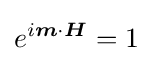
e^{i{\boldsymbol {m}}\cdot {\boldsymbol {H}}}=1